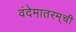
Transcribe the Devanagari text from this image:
वंदेमातरम्‌ची